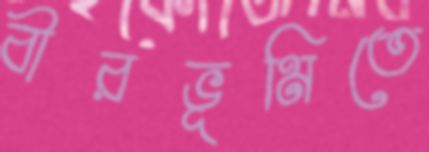
বীরভূমিতে